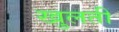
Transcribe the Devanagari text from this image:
खुलतीं